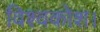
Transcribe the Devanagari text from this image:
विश्वकोश।